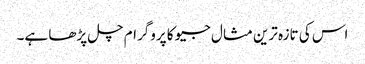
اس کی تازہ ترین مثال جیو کا پروگرام چل پڑھا ہے۔